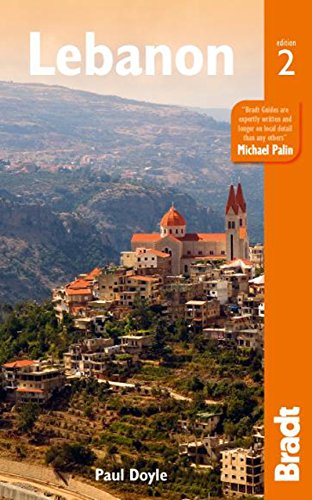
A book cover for Lebanon, 2nd (Bradt Travel Guide Peruvian Wildlife); Paul Doyle; Travel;